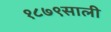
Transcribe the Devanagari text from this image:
१८७९साली